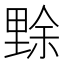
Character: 𱏏